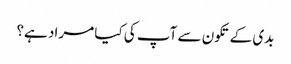
بدی کے تکون سے آپ کی کیا مراد ہے؟